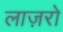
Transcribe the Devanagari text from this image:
लाज़रो